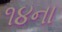
૧૪ના